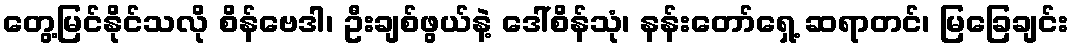
တွေ့မြင်နိုင်သလို စိန်ဗေဒါ၊ ဦးချစ်ဖွယ်နဲ့ ဒေါ်စိန်သုံ၊ နန်းတော်ရှေ့ ဆရာတင်၊ မြခြေချင်း